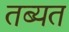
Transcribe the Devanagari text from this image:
तब्यत